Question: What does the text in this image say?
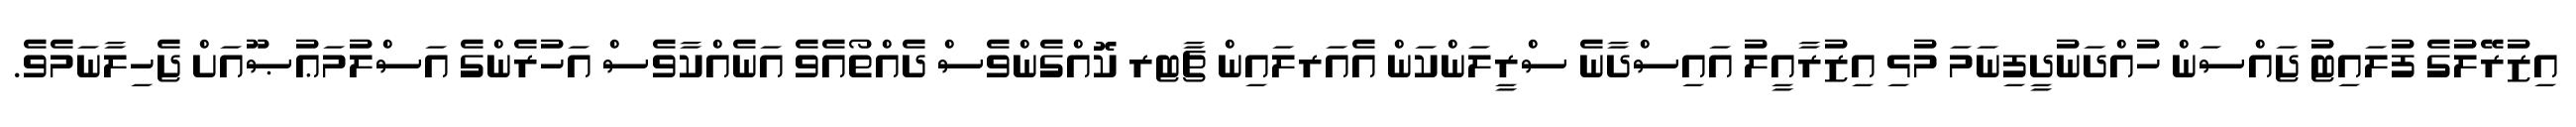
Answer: އިޒުރޭލުގެ ފުލައިޓު ޖައްސަން ހުއްދަނުދީފިނަމަ މުޅި އިޒުރާއީލު އައިސްދާނެ ސްރީލަންކަން އެއަރލައިން ޗާޓރ ކޮއްގެންވެސް ދެއްތޯއެވެ އަނެއްކާވެސް އަހުރެންގެ އަސްލުމަޢުޞޫއަށް ޖެހިލާނަމެވެ.